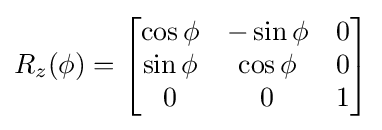
R_{z}(\phi )={\begin{bmatrix}\cos \phi &-\sin \phi &0\\\sin \phi &\cos \phi &0\\0&0&1\end{bmatrix}}